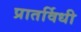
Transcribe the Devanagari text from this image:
प्रातर्विधी